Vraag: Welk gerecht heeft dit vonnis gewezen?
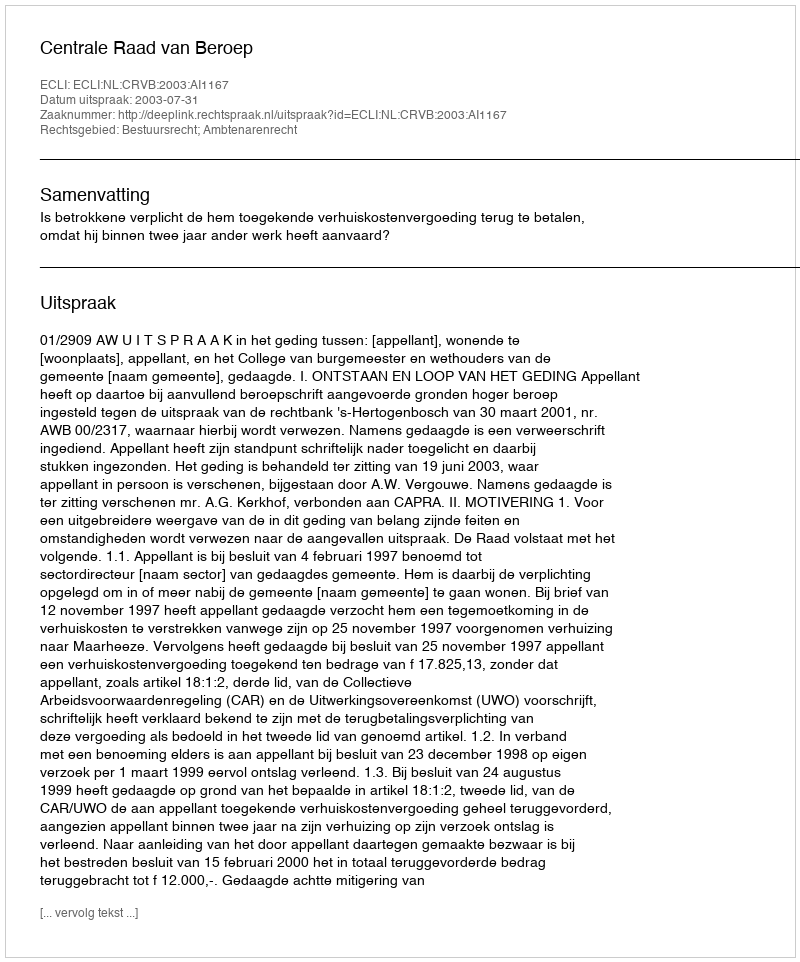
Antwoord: Centrale Raad van Beroep